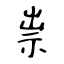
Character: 祟